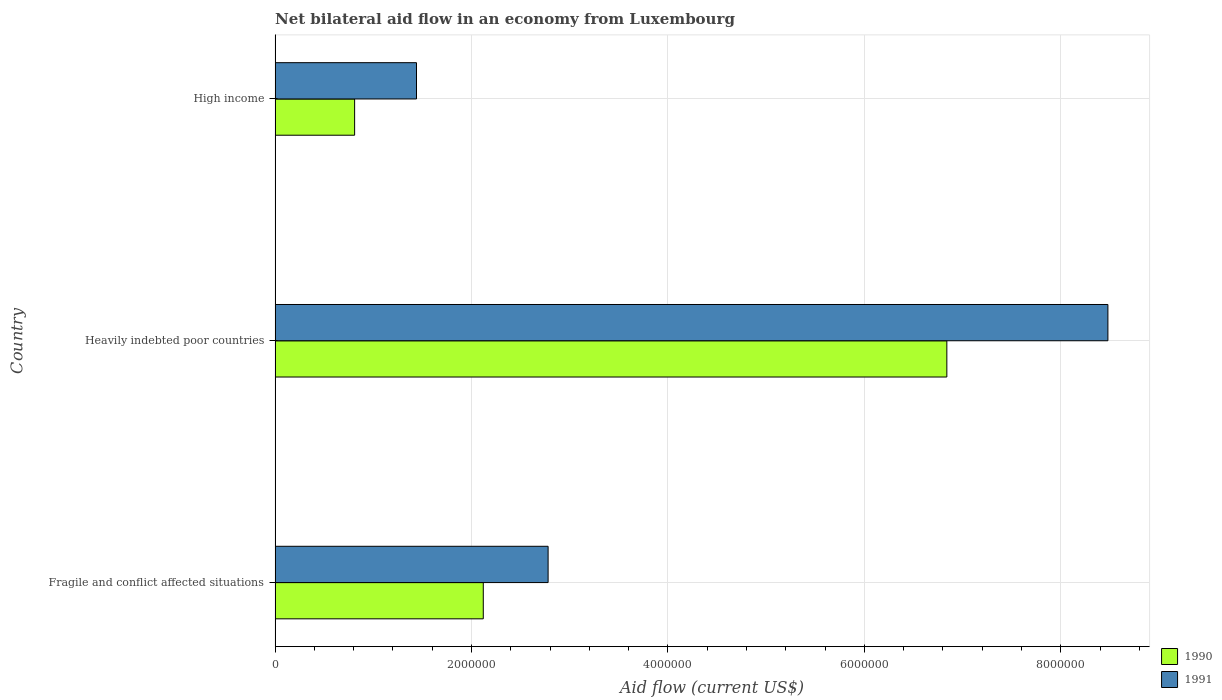
| Country | 1990 | 1991 |
 | --- | --- | --- |
 | Fragile and conflict affected situations | 2.12e+06 | 2.78e+06 |
 | Heavily indebted poor countries | 6.84e+06 | 8.48e+06 |
 | High income | 8.1e+05 | 1.44e+06 |